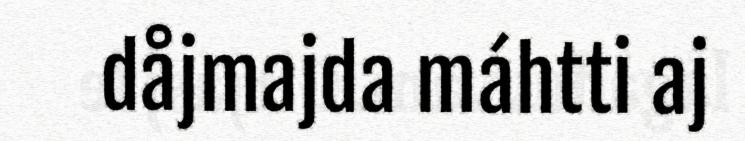
dåjmajda máhtti aj